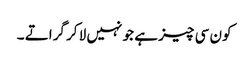
کون سی چیز ہے جو نہیں لا کر گراتے ۔